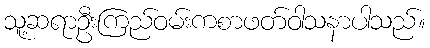
သူ့ဆရာဦးကြည်ဝမ်းကစာဖတ်ဝါသနာပါသည်။